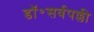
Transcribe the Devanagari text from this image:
डॉ॰सर्वपल्ली